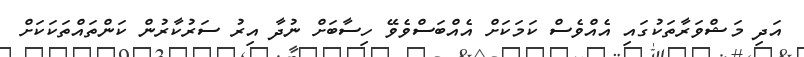
އަދި މަޝްވަރާތަކުގައި އެއްވެސް ކަމަކަށް އެއްބަސްވެވޭ ހިސާބަށް ނުދާ އިރު ސަރުކާރުން ކަންތައްތަކަކަށް